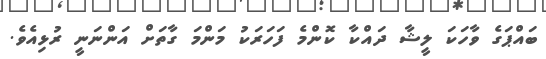
ބައްޕަގެ ވާހަކަ ލީޝާ ދައްކާ ކޮންމެ ފަހަރަކު މަންމަ ގާތަށް އަންނަނީ ރުޅިއެވެ.